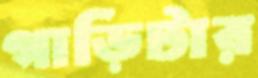
গাড়িটার